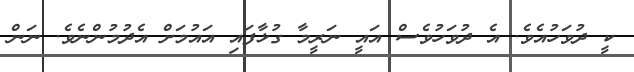
ކީ ދުވަހުއެވެ. އެ ދުވަހުވެސް އައީ ނަރީމާ ގުޅާފައި އައުމަށް އެދުމުންނެވެ. ނަން